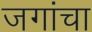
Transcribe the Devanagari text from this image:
जगांचा